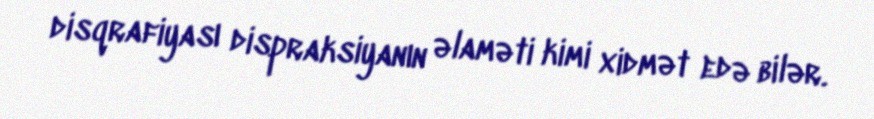
disqrafiyası dispraksiyanın əlaməti kimi xidmət edə bilər.